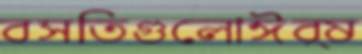
বসতিগুলোঈর্ষ